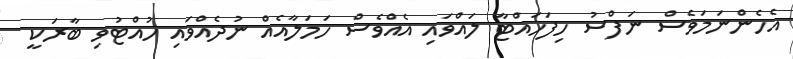
އެހެންނަމަވެސް ނަފްސު ހިފަހައްޓާ ލައްވައި އެއްވެސް ހަމަލާއެއް ނުދެއްވައި ހުއްޓުވި ބާރަކީ